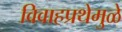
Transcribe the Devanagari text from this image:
विवाहप्रथेमुळे